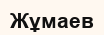
Жұмаев